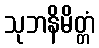
သုဘနိမိတ္တံ